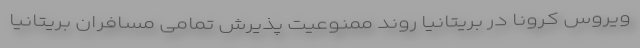
ویروس کرونا در بریتانیا روند ممنوعیت پذیرش تمامی مسافران بریتانیا